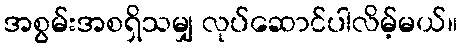
အစွမ်းအစရှိသမျှ လုပ်ဆောင်ပါလိမ့်မယ်။